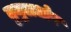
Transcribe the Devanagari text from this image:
तुमुलधोष